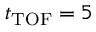
t _ { \mathrm { T O F } } = 5